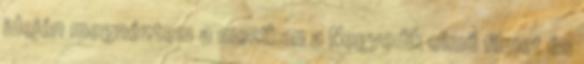
idején megnéztem a moziban a Negyedik című filmet és